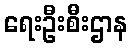
ရေးဦးစီးဌာန